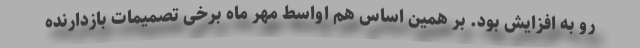
رو به افزایش بود. بر همین اساس هم اواسط مهر ماه برخی تصمیمات بازدارنده